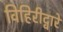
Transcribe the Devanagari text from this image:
विहिरीद्वारे